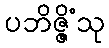
ပဘိဇ္ဇိံသု